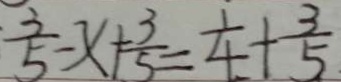
\frac { 3 } { 5 } - x + \frac { 3 } { 5 } = \frac { 1 } { 4 } + \frac { 3 } { 5 } .